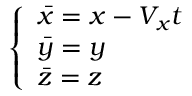
\left\{ \begin{array} { l l } { \bar { x } = x - V _ { x } t } \\ { \bar { y } = y } \\ { \bar { z } = z } \end{array} \right.